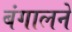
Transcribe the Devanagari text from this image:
बंगालने